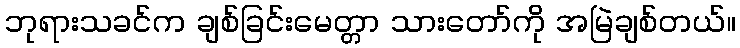
ဘုရားသခင်က ချစ်ခြင်းမေတ္တာ သားတော်ကို အမြဲချစ်တယ်။